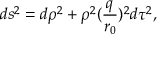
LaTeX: d s ^ { 2 } = d \rho ^ { 2 } + \rho ^ { 2 } ( \frac { q } { r _ { 0 } } ) ^ { 2 } d \tau ^ { 2 } ,